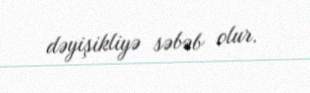
dəyişikliyə səbəb olur.